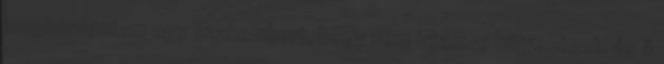
megkérdeztem egy szakembert, hogy nem írtam-e hülyeséget, és ő